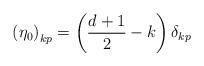
LaTeX: \begin{align*} {\left( {{\eta _0}} \right)_{kp}} = \left( {\frac{{d + 1}}{2} - k} \right){\delta _{kp}}\end{align*}